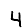
Digit: 4